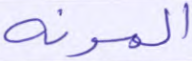
المرنة